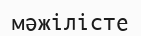
мәжілісте